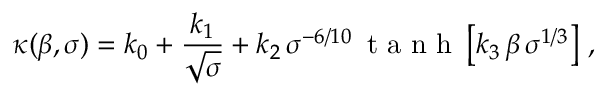
\kappa ( \beta , \sigma ) = k _ { 0 } + \frac { k _ { 1 } } { \sqrt { \sigma } } + k _ { 2 } \, \sigma ^ { - 6 / 1 0 } \, \mathrm { ~ t ~ a ~ n ~ h ~ } \left[ k _ { 3 } \, \beta \, \sigma ^ { 1 / 3 } \right] \, ,